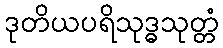
ဒုတိယပရိသုဒ္ဓသုတ္တံ